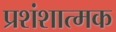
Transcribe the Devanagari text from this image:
प्रशंशात्मक